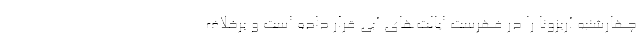
چهارشنبه آریزونا را در فهرست ایالت‌های آبی قرار داده است و برخلاف